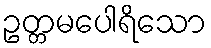
ဥတ္တမပေါရိသော